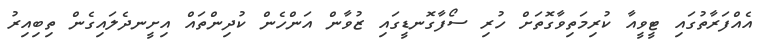
އެއްފަރާތުގައި ޓީވީއާ ކުރިމަތިވާގޮތަށް ހުރި ސޯފާގޮނޑީގައި ޒުވާން އަންހެން ކުދިންތައް އިށީނދެލައިގެން ތިބިއިރު